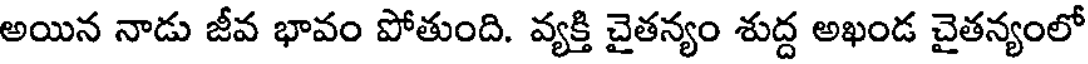
అయిన నాడు జీవ భావం పోతుంది. వ్యక్తి చైతన్యం శుద్ద అఖండ చైతన్యంలో